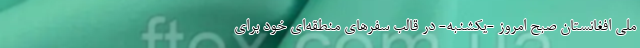
ملی افغانستان صبح امروز -یکشنبه- در قالب سفرهای منطقه‌ای خود برای